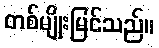
တစ်မျိုးမြင်သည်။